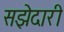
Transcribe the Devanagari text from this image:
सझेदारी